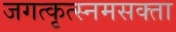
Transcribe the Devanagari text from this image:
जगत्कृत्स्नमसक्ता